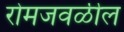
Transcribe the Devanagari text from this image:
रोमजवळील